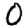
Digit: 0